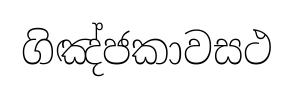
ගිඤ්ජකාවසථ